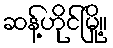
ဆန့်ဟိုင်မြို့။